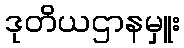
ဒုတိယဌာနမှူး